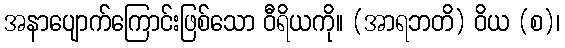
အနာပျောက်ကြောင်းဖြစ်သော ဝီရိယကို။ (အာရဘတိ) ဝိယ (စ)၊